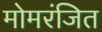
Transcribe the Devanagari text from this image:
मोमरंजित